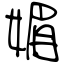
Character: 媚